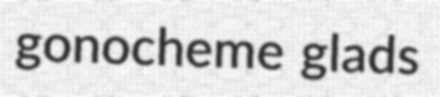
gonocheme glads